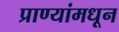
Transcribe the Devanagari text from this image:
प्राण्यांमधून